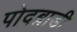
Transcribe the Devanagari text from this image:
पोदब्राडी